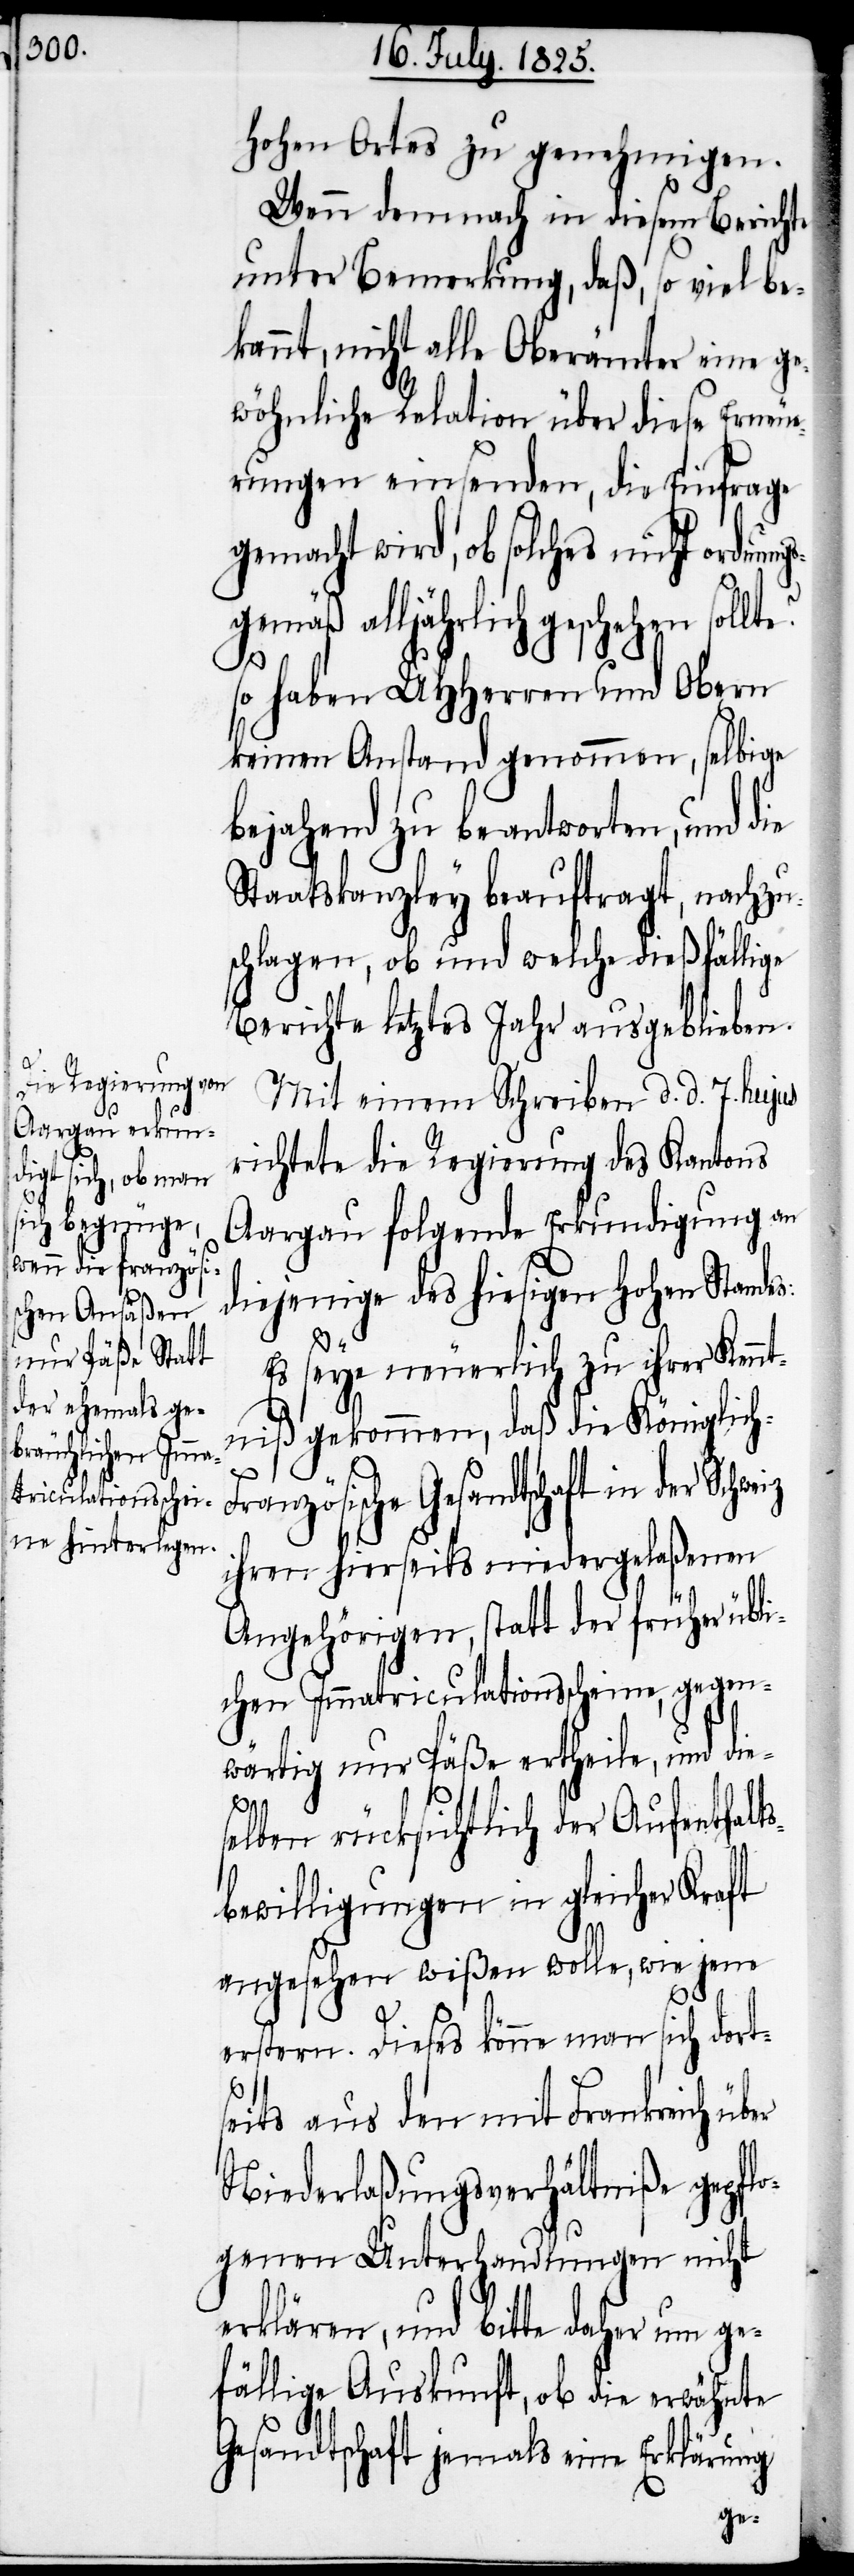
Hohen Ortes zu genehmigen.
Wenn demnach in diesem Bericht
unter Bemerkung, daß, so viel be¬
kannt, nicht alle Oberämter eine ge¬
wöhnliche Relation über diese Erneue¬
rungen einsenden, die Einfrage
gemacht wird, ob solches nicht ordnungs¬
gemäß alljährlich geschehen solle?
so haben UHHerren und Obern
keinen Anstand genommen, selbige
bejahend zu beantworten, und die
Staatskanzley beauftragt, nachzu¬
schlagen, ob und welche dießfällige
Berichte letztes Jahre ausgeblieben.
Mit einem Schreiben d. d. 7. hujus
richtete die Regierung des Kantons
Aargau folgende Erkundigung an
diejenige des hiesigen Hohen Standes:
Es seye neuerlich zu ihrer Kennt¬
niß gekommen, daß die Königlic¬
er
ranzösische Gesandtschaft in der
ihren hierseits niedergelaßenen
Angehörigen, statt der früher übli¬
chen Immatriculationsscheine, gegen¬
wärtig nur Päße ertheile, und dies¬
elben rücksichtlich der Aufenthalts¬
bewilligungen in gleicher Kraft
angehen wißen wolle, wie jene
erstern. Dieses könne man sich dort¬
seits aus den mit Frankreich üb¬
Niederlaßungsverhältniße gepflo¬
genen Unterhandlungen nicht
erklären, und bitte daher um ge¬
fällige Auskunft, ob die erwähnte
Gesandtschaft jemals eine Erklärung